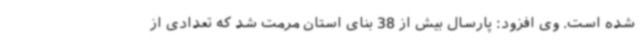
شده است. وی افزود: پارسال بیش از 38 بنای استان مرمت شد که تعدادی از